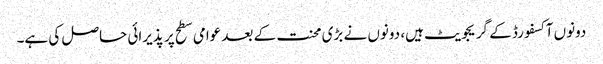
دونوں آکسفورڈ کے گریجویٹ ہیں، دونوں نے بڑی محنت کے بعد عوامی سطح پر پذیرائی حاصل کی ہے۔